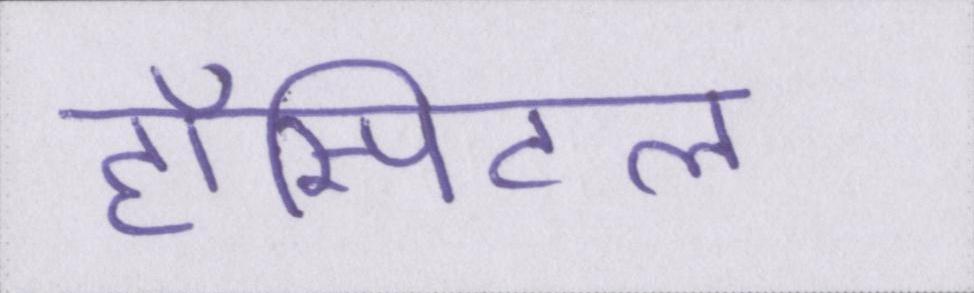
हॉस्पिटल